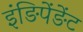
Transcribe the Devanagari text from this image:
इंङिपेंङेंट